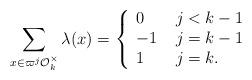
LaTeX: \begin{align*}\sum_{x\in \varpi^j {\mathcal O}_k^\times } \lambda(x)=\left\{\begin{array}{ll}0 & \; j<k-1\\-1& \;j=k-1\\1& \;j=k.\end{array}\right.\end{align*}